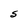
Character: S